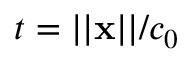
t = | | \mathbf { x } | | / c _ { 0 }